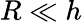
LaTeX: R\ll h